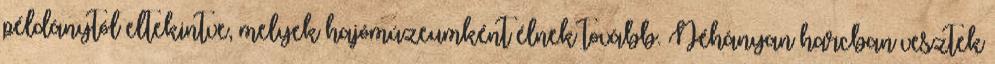
példánytól eltekintve, melyek hajómúzeumként élnek tovább. Néhányan harcban vesztek